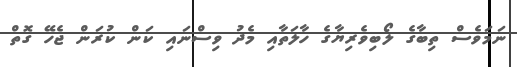
ނަމަވެސް ތިބާގެ ލޯބިވެރިޔާގެ ހާލަތާއި މެދު ވިސްނައި ކަން ކުރަން ޖެހޭ ގޮތް